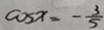
\cos x = - \frac { 3 } { 5 }